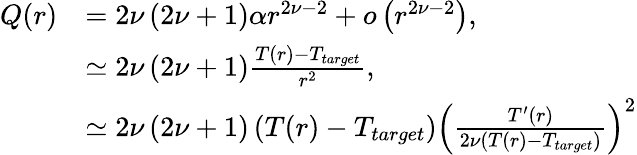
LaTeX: \begin{array}{rl}{Q(r)}&{=2\nu\left(2\nu+1\right)\alpha r^{2\nu-2}+o\left(r^{2\nu-2}\right),}\\ &{\simeq 2\nu\left(2\nu+1\right)\frac{T(r)-T_{target}}{r^{2}},}\\ &{\simeq 2\nu\left(2\nu+1\right)\left(T(r)-T_{target}\right)\left(\frac{T^{\prime}(r)}{2\nu\left(T(r)-T_{target}\right)}\right)^{2}}\end{array}